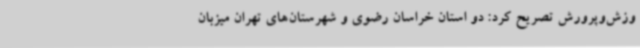
وزش‌وپرورش تصریح کرد: دو استان خراسان رضوی و شهرستان‌های تهران میزبان